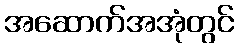
အဆောက်အအုံတွင်